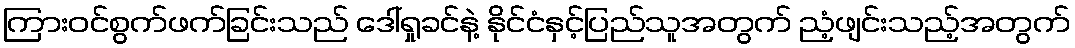
ကြားဝင်စွက်ဖက်ခြင်းသည် ဒေါ်ရှုခင်နဲ့ နိုင်ငံနှင့်ပြည်သူအတွက် ညံ့ဖျင်းသည့်အတွက်